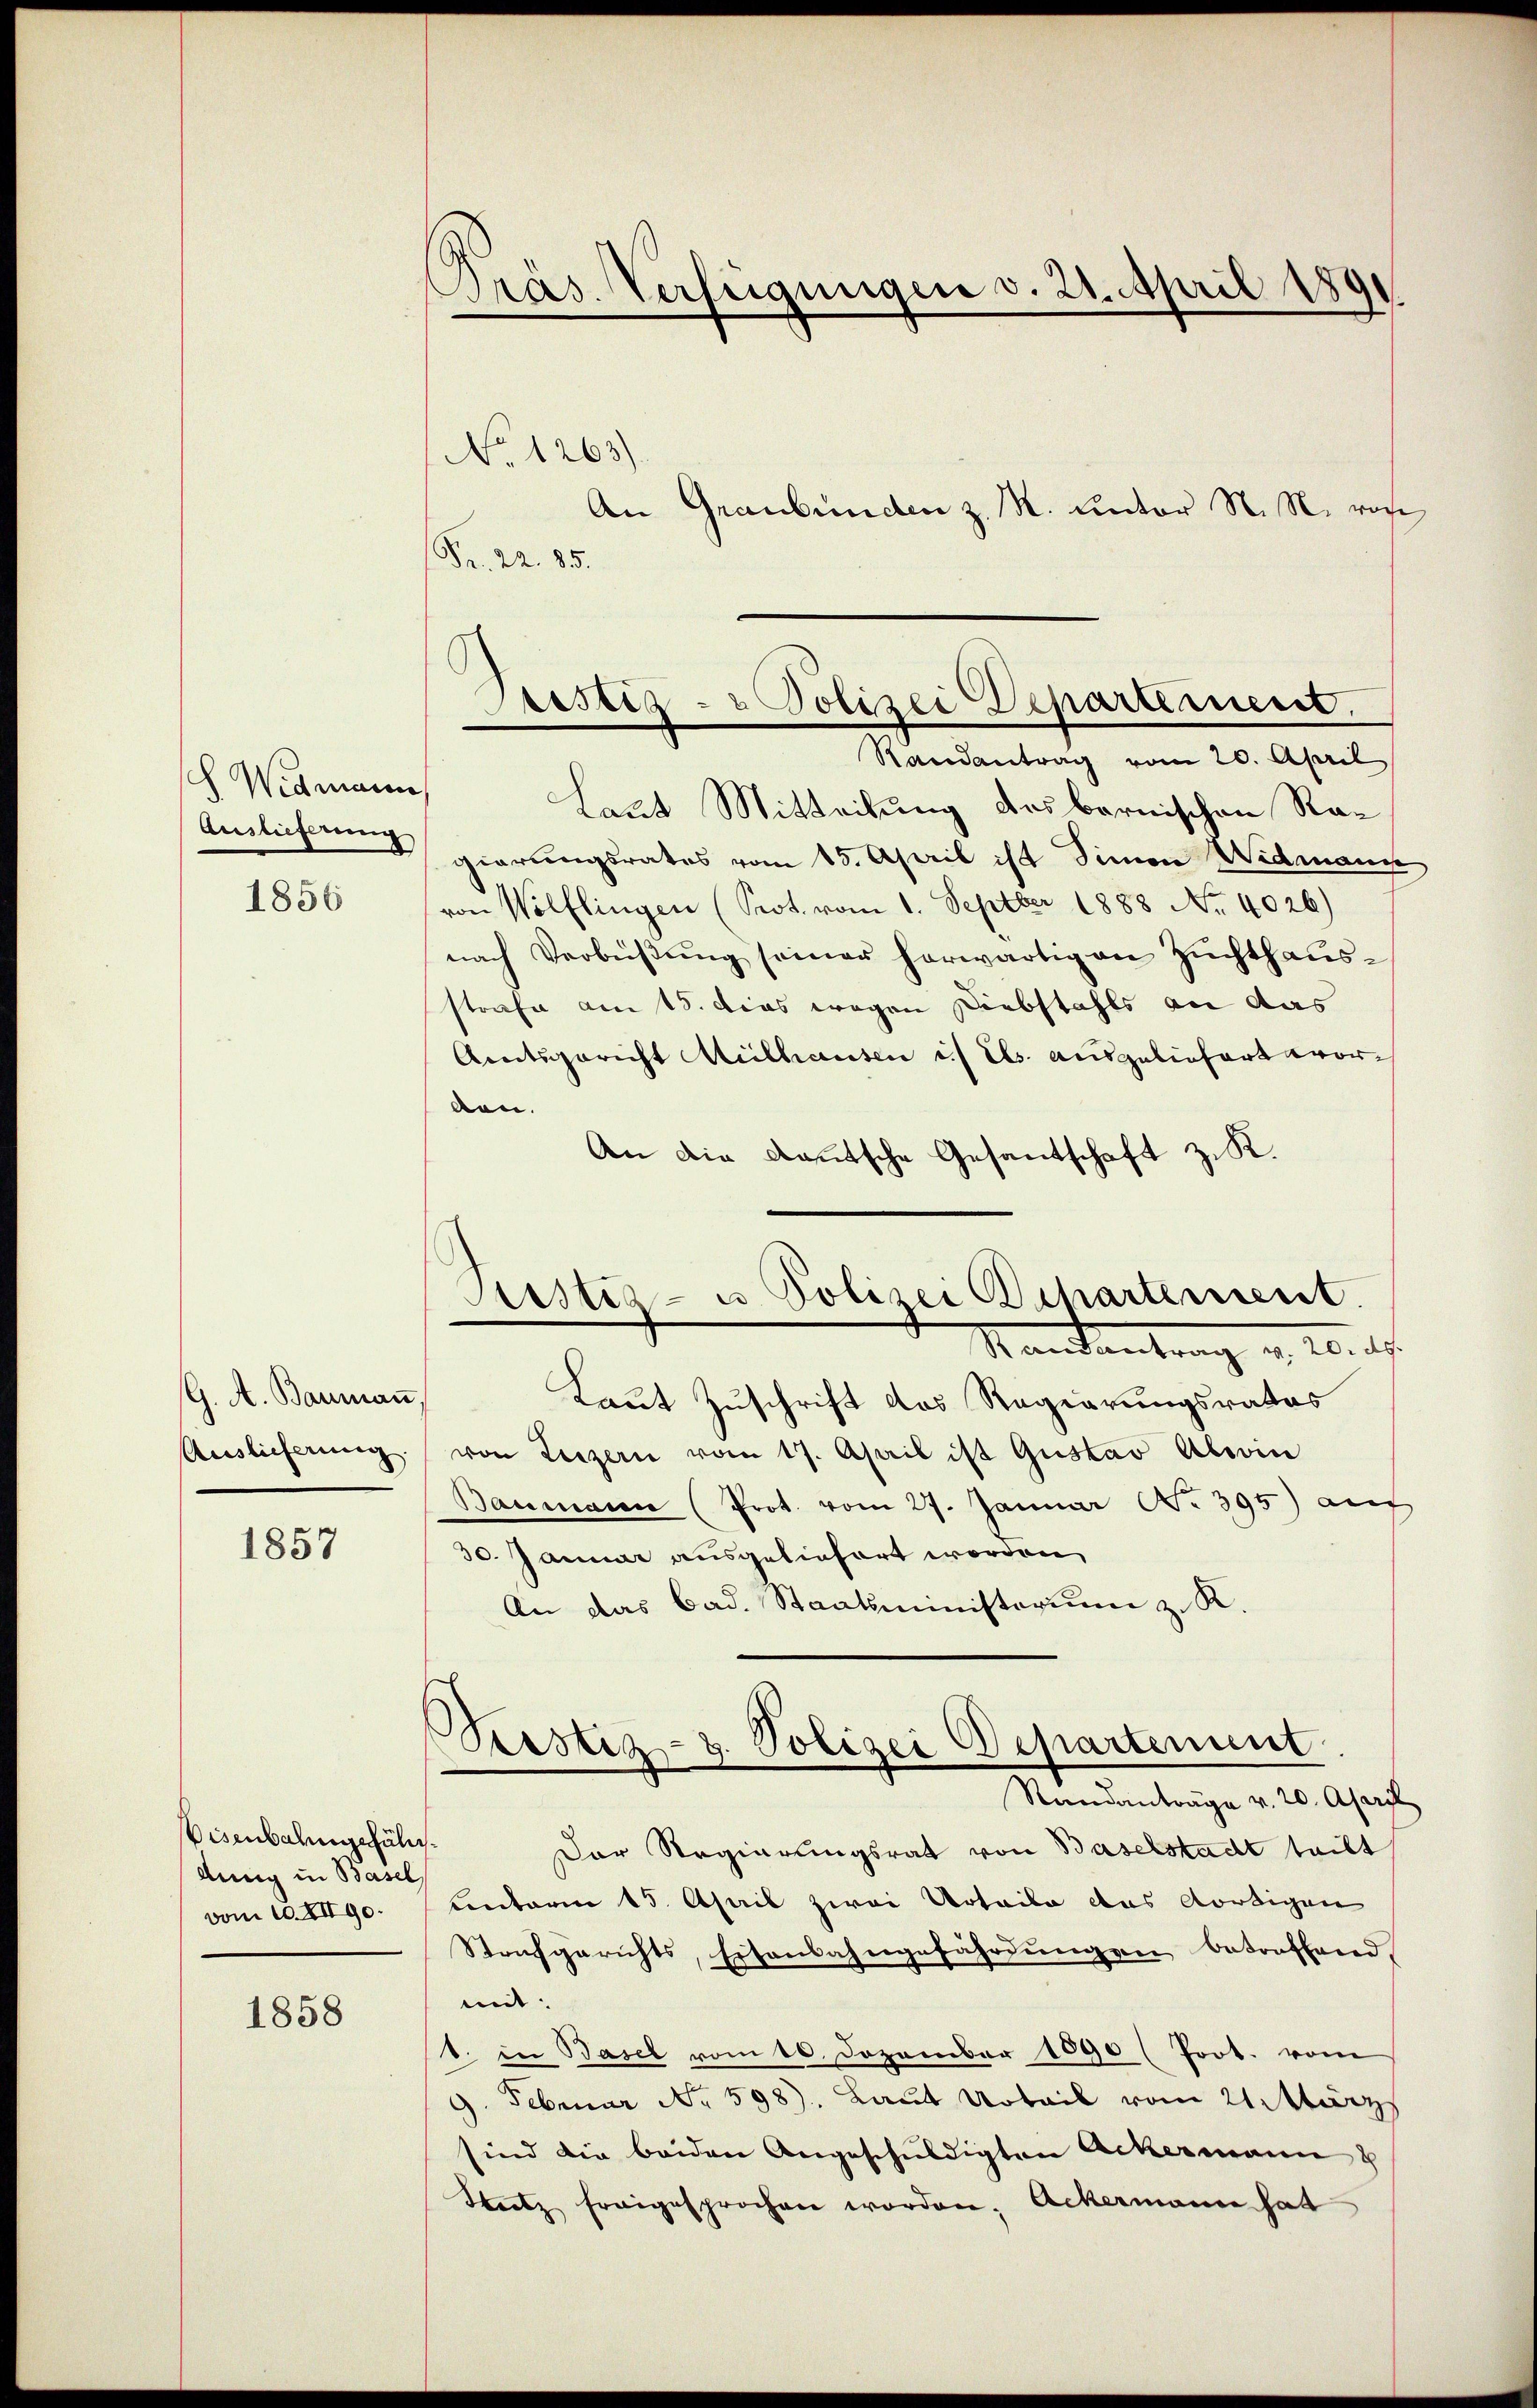
ch Widmann
Auslieferung

1856

G. A. Baumaṅ
Auslieferung.

1857

Eisenbarungsfähidung in Basel
vom 10. XII90.

1858

No 1263)
An Graubünden z. M. unter N. N. vo
Fr. 22. 85.
gierungsrates vom 15. April ist Simon Widmange
von Wölflingen (Prot. vom 1. Septber 1888 No. 4026)
nach Verbieβŭng seiner herwärtig an Zŭchthaŭs-
strafe am 15. dies wegen Diebstahls an das
Amtsgericht Mülhausen u. es ausgeliefert worlen.
An die deutsche Gesantschaft z. K.

Präs. Verfügungen v. 21. April 1891.

Paestiz- & Polizei Departement.
Randantrag vom 20. April
Laut Mitteilung des bernischen Ra¬

Laut Zuschrift des Regierungsrates
von Luzern vom 17. April ist Gustav Alein
Baumann (Prot. vom 27. Januar No. 395) auc
30. Januar ausgeliefert worden,
An das bad. Staatsministerium z. R.
Der Regierungsrat von Baselstadt teilt
Lentarin 15. April zwei Urteile das dortigen
Strafgerichts, Eisenbahngefährdungen betreffend,
mit:
1. in Basel vom 10. Dezember 1890 (Prot. vom
Februar No 598. Laut Urteil vom 21 März
¬
sind die beiden Angeschŭldigten Ackermann 2
Satz freigesprochen worden. Ackermann hat

Sistia- u Polizei Departement.
Randantrag a. 20. ds.

Peistiz- & Polizei Departement
d
Standanträge v. 20. April